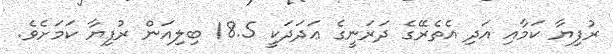
ރުފިޔާ ކަމާއި އަދި އެތެރޭގެ ދަރަނީގެ ޢަދަދަކީ 18.5 ބިލިއަން ރުފިޔާ ކަމަށެވެ.